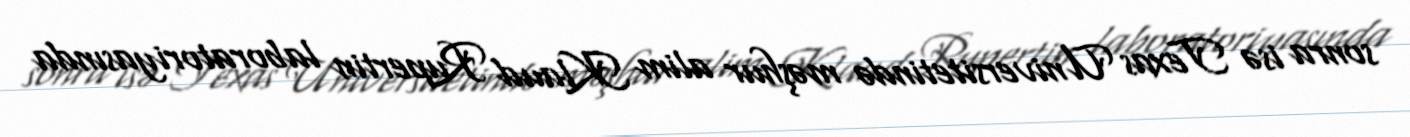
sonra isə Texas Universitetində məşhur alim Klaud Rupertin laboratoriyasında